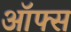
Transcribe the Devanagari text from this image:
ऑफ्स